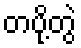
တပို့တွဲ